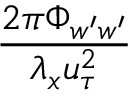
\frac { 2 \pi \Phi _ { w ^ { \prime } w ^ { \prime } } } { \lambda _ { x } u _ { \tau } ^ { 2 } }